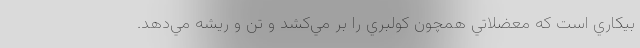
بيكاري است كه معضلاتي همچون كولبري را بر مي‌كشد و تن و ريشه مي‌دهد.